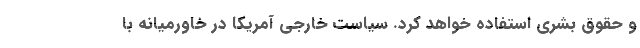
و حقوق بشری استفاده خواهد کرد. سیاست خارجی آمریکا در خاورمیانه با